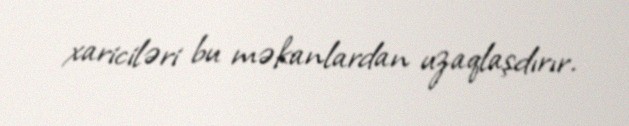
xariciləri bu məkanlardan uzaqlaşdırır.